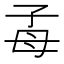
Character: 𣫮